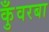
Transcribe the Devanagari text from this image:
कुँवरबा